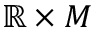
\mathbb { R } \times M